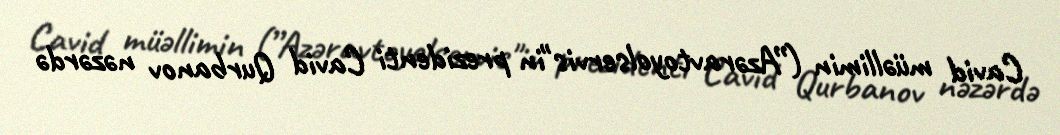
Cavid müəllimin (”Azəravtoyolservis"in prezidenti Cavid Qurbanov nəzərdə